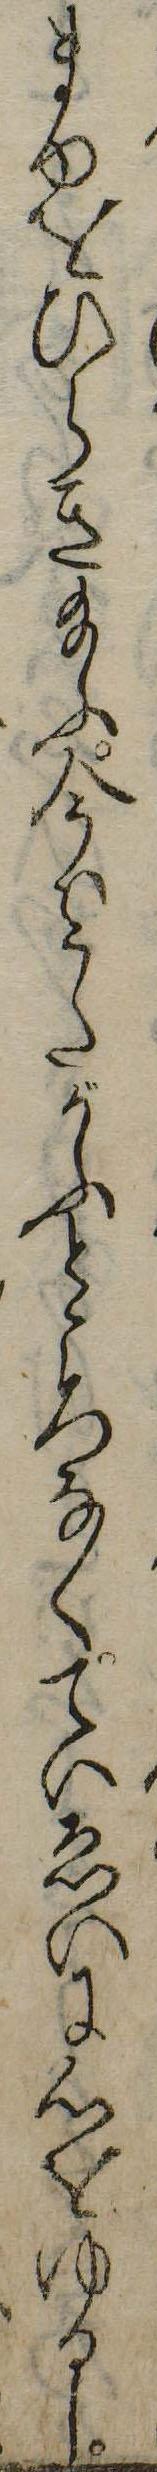
まゆをひらき給ふ今はうたがふところなくていゑいに心をゆるし